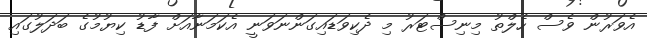
އެވަރުން ވެސް ހެލްތު މިނިސްޓަރު މި ދެކިވަޑައިގަންނަވަނީ އެކަމަނާއަށް ފާޑު ކިޔުމުގެ ބަދަލުގައި